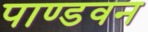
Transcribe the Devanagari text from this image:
पाण्डवन